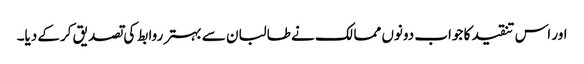
اور اس تنقید کا جواب دونوں ممالک نے طالبان سے بہتر روابط کی تصدیق کرکے دیا۔